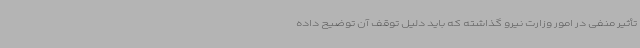
تأثیر منفی در امور وزارت نیرو گذاشته که باید دلیل توقف آن توضیح داده